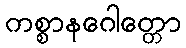
ကစ္စာနဂေါတ္တော